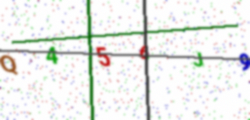
Text: Q456J9